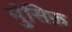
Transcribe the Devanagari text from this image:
मुंसिफ़